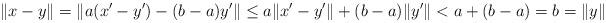
LaTeX: \begin{align*}\|x-y\| =\|a(x'-y')-(b-a)y'\| \leq a\|x'-y'\|+(b-a)\|y'\| <a+(b-a)=b=\|y\|\end{align*}